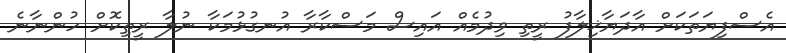
އެސްފިޔަތަކަށް އާދަޔާޚިލާފު ރީތި ވިދުމެއް އައިސް މަސްކާރާ އުނގުޅުމަކާ ނުލާ ރީތިކޮށް ހުންނާނެ